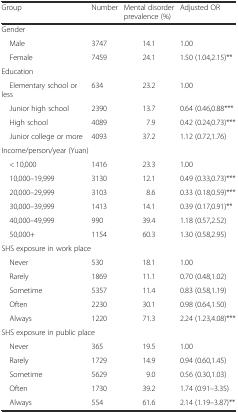
| Group | Number | Mental disorder prevalence (%) | Adjusted OR |
 | --- | --- | --- | --- |
 | <COLSPAN=4> Gender |
 | Male | 3747 | 14.1 | 1.00 |
 | Female | 7459 | 24.1 | 1.50 (1.04,2.15)** |
 | <COLSPAN=4> Education |
 | Elementary school or less | 634 | 23.2 | 1.00 |
 | Junior high school | 2390 | 13.7 | 0.64 (0.46,0.88*** |
 | High school | 4089 | 7.9 | 0.42 (0.24,0.73)*** |
 | Junior college or more | 4093 | 37.2 | 1.12 (0.72,1.76) |
 | <COLSPAN=4> Income/person/year (Yuan) |
 | < 10,000 | 1416 | 23.3 | 1.00 |
 | 10,000–19,999 | 3130 | 12.1 | 0.49 (0.33,0.73)*** |
 | 20,000–29,999 | 3103 | 8.6 | 0.33 (0.18,0.59)*** |
 | 30,000–39,999 | 1413 | 14.1 | 0.39 (0.17,0.91)** |
 | 40,000–49,999 | 990 | 39.4 | 1.18 (0.57,2.52) |
 | 50,000+ | 1154 | 60.3 | 1.30 (0.58,2.95) |
 | <COLSPAN=4> SHS exposure in work place |
 | Never | 530 | 18.1 | 1.00 |
 | Rarely | 1869 | 11.1 | 0.70 (0.48,1.02) |
 | Sometime | 5357 | 11.4 | 0.83 (0.58,1.19) |
 | Often | 2230 | 30.1 | 0.98 (0.64,1.50) |
 | Always | 1220 | 71.3 | 2.24 (1.23,4.08)*** |
 | <COLSPAN=4> SHS exposure in public place |
 | Never | 365 | 19.5 | 1.00 |
 | Rarely | 1729 | 14.9 | 0.94 (0.60,1.45) |
 | Sometime | 5629 | 9.0 | 0.56 (0.30,1.03) |
 | Often | 1730 | 39.2 | 1.74 (0.91–3.35) |
 | Always | 554 | 61.6 | 2.14 (1.19–3.87)** |